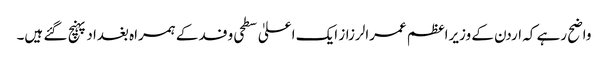
واضح رہے کہ اردن کے وزیراعظم عمرالرزاز ایک اعلیٰ سطحی وفد کے ہمراہ بغداد پہنچ گئے ہیں۔